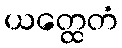
ယတ္ထေတံ